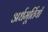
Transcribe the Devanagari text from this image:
अर्धमूर्तियाँ